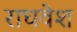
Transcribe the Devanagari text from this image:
राघवेश